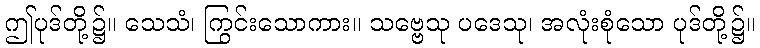
ဤပုဒ်တို့၌။ သေသံ၊ ကြွင်းသောကား။ သဗ္ဗေသု ပဒေသု၊ အလုံးစုံသော ပုဒ်တို့၌။